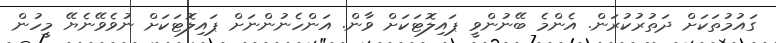
ގައުމުތަކަށް ދަތުރުކުރަން. އެންމެ ބޭނުންވީ ޕައިލޮޓަކަށް ވާން. އަންހެނުންނަށް ޕައިލޮޓަކަށް ނުވެވޭނެޔޭ މީހުން